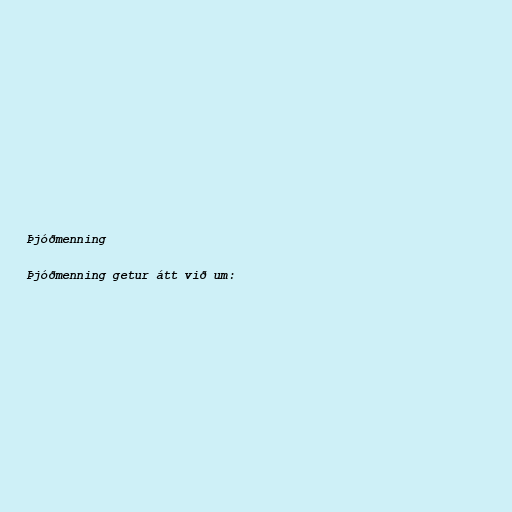
Þjóðmenning

Þjóðmenning getur átt við um: